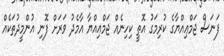
ފަނަސް ޖަމްޢިއްޔާގެ ކުރިމަގު އޮތީ ކިހިނެއް ޖަމްޢިއްޔާ އާމެދު ވަރަށް ފޮނި އުންމީދުތަކެއް